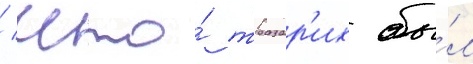
/ что́ тразар'их бы́л